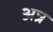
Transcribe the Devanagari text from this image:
अन्र